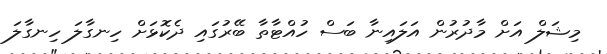
މިޝަލް އަށް މާދުރުން އަލައިނާ ބަސް ހުއްޓާތާ ބޭރުގައި ދެކޮޅަށް ހިނގާލަ ހިނގާލަ